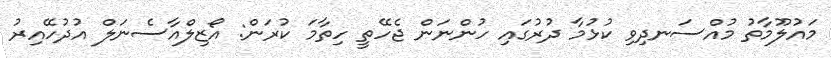
މައުލޫމާތު މުއްސަނދިވި ކުޅުމާ ދުރުގައި ހުންނަން ޖެހޭތީ ހިތާމަ ކުރަން: އޯޒިލްއާސެނަލް އުދުހޭއިރު